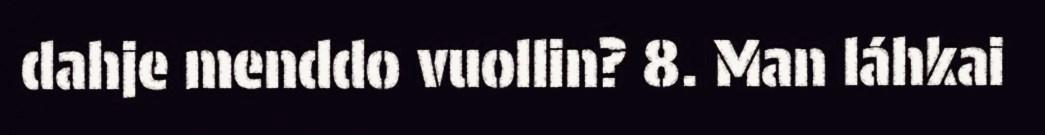
dahje menddo vuollin? 8. Man láhkai